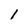
Character: I